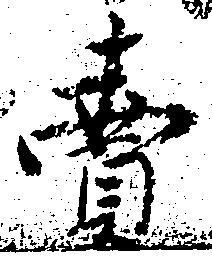
売